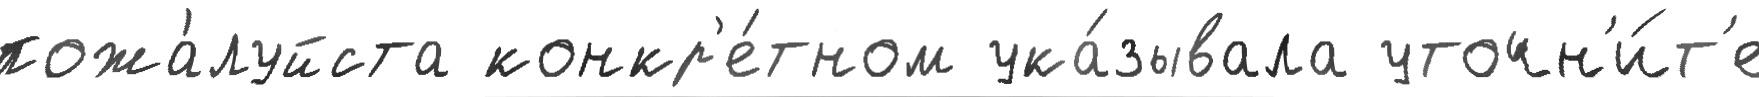
пожа́луйста конкр'е́тном ука́зывала уточн'и́т'е